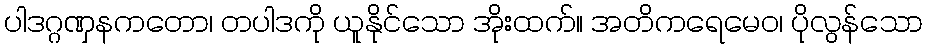
ပါဒဂ္ဂဏှနကတော၊ တပါဒကို ယူနိုင်သော အိုးထက်။ အတိကရေမေဝ၊ ပိုလွန်သော